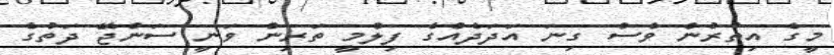
މީގެ އިތުރުން ވެސް ގިނަ އަދަދެއްގެ ފިލްމީ ތަރިން ވަނީ ސަންޖޭ ދަތުގެ